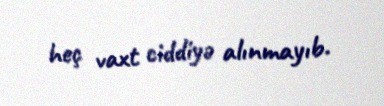
heç vaxt ciddiyə alınmayıb.